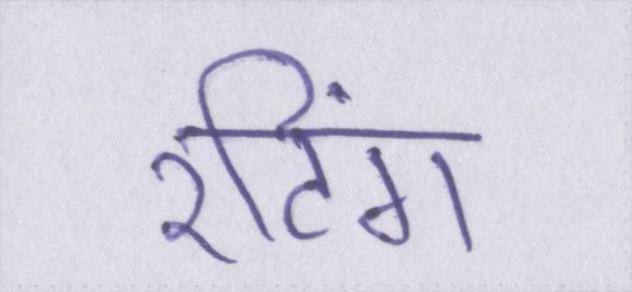
रटिंग